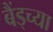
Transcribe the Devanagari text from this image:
बैंड्च्या